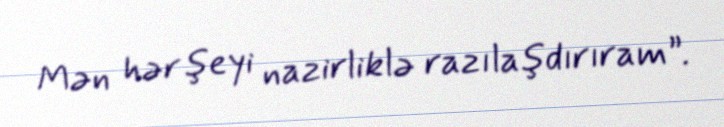
Mən hər şeyi nazirliklə razılaşdırıram”.